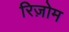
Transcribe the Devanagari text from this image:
रिज़ोम